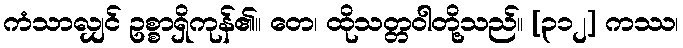
ကံသာလျှင် ဥစ္စာရှိကုန်၏။ တေ၊ ထိုသတ္တဝါတို့သည်။ [၃၁၂] ကဿ၊